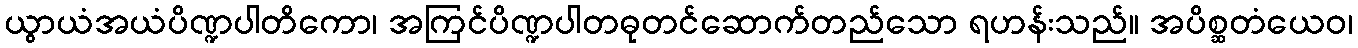
ယွာယံအယံပိဏ္ဍပါတိကော၊ အကြင်ပိဏ္ဍပါတဓုတင်ဆောက်တည်သော ရဟန်းသည်။ အပိစ္ဆတံယေဝ၊